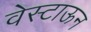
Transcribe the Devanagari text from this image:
वेस्टाऊन